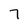
Character: 7